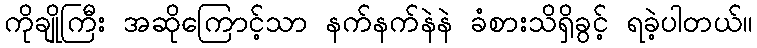
ကိုချိုကြီး အဆိုကြောင့်သာ နက်နက်နဲနဲ ခံစားသိရှိခွင့် ရခဲ့ပါတယ်။